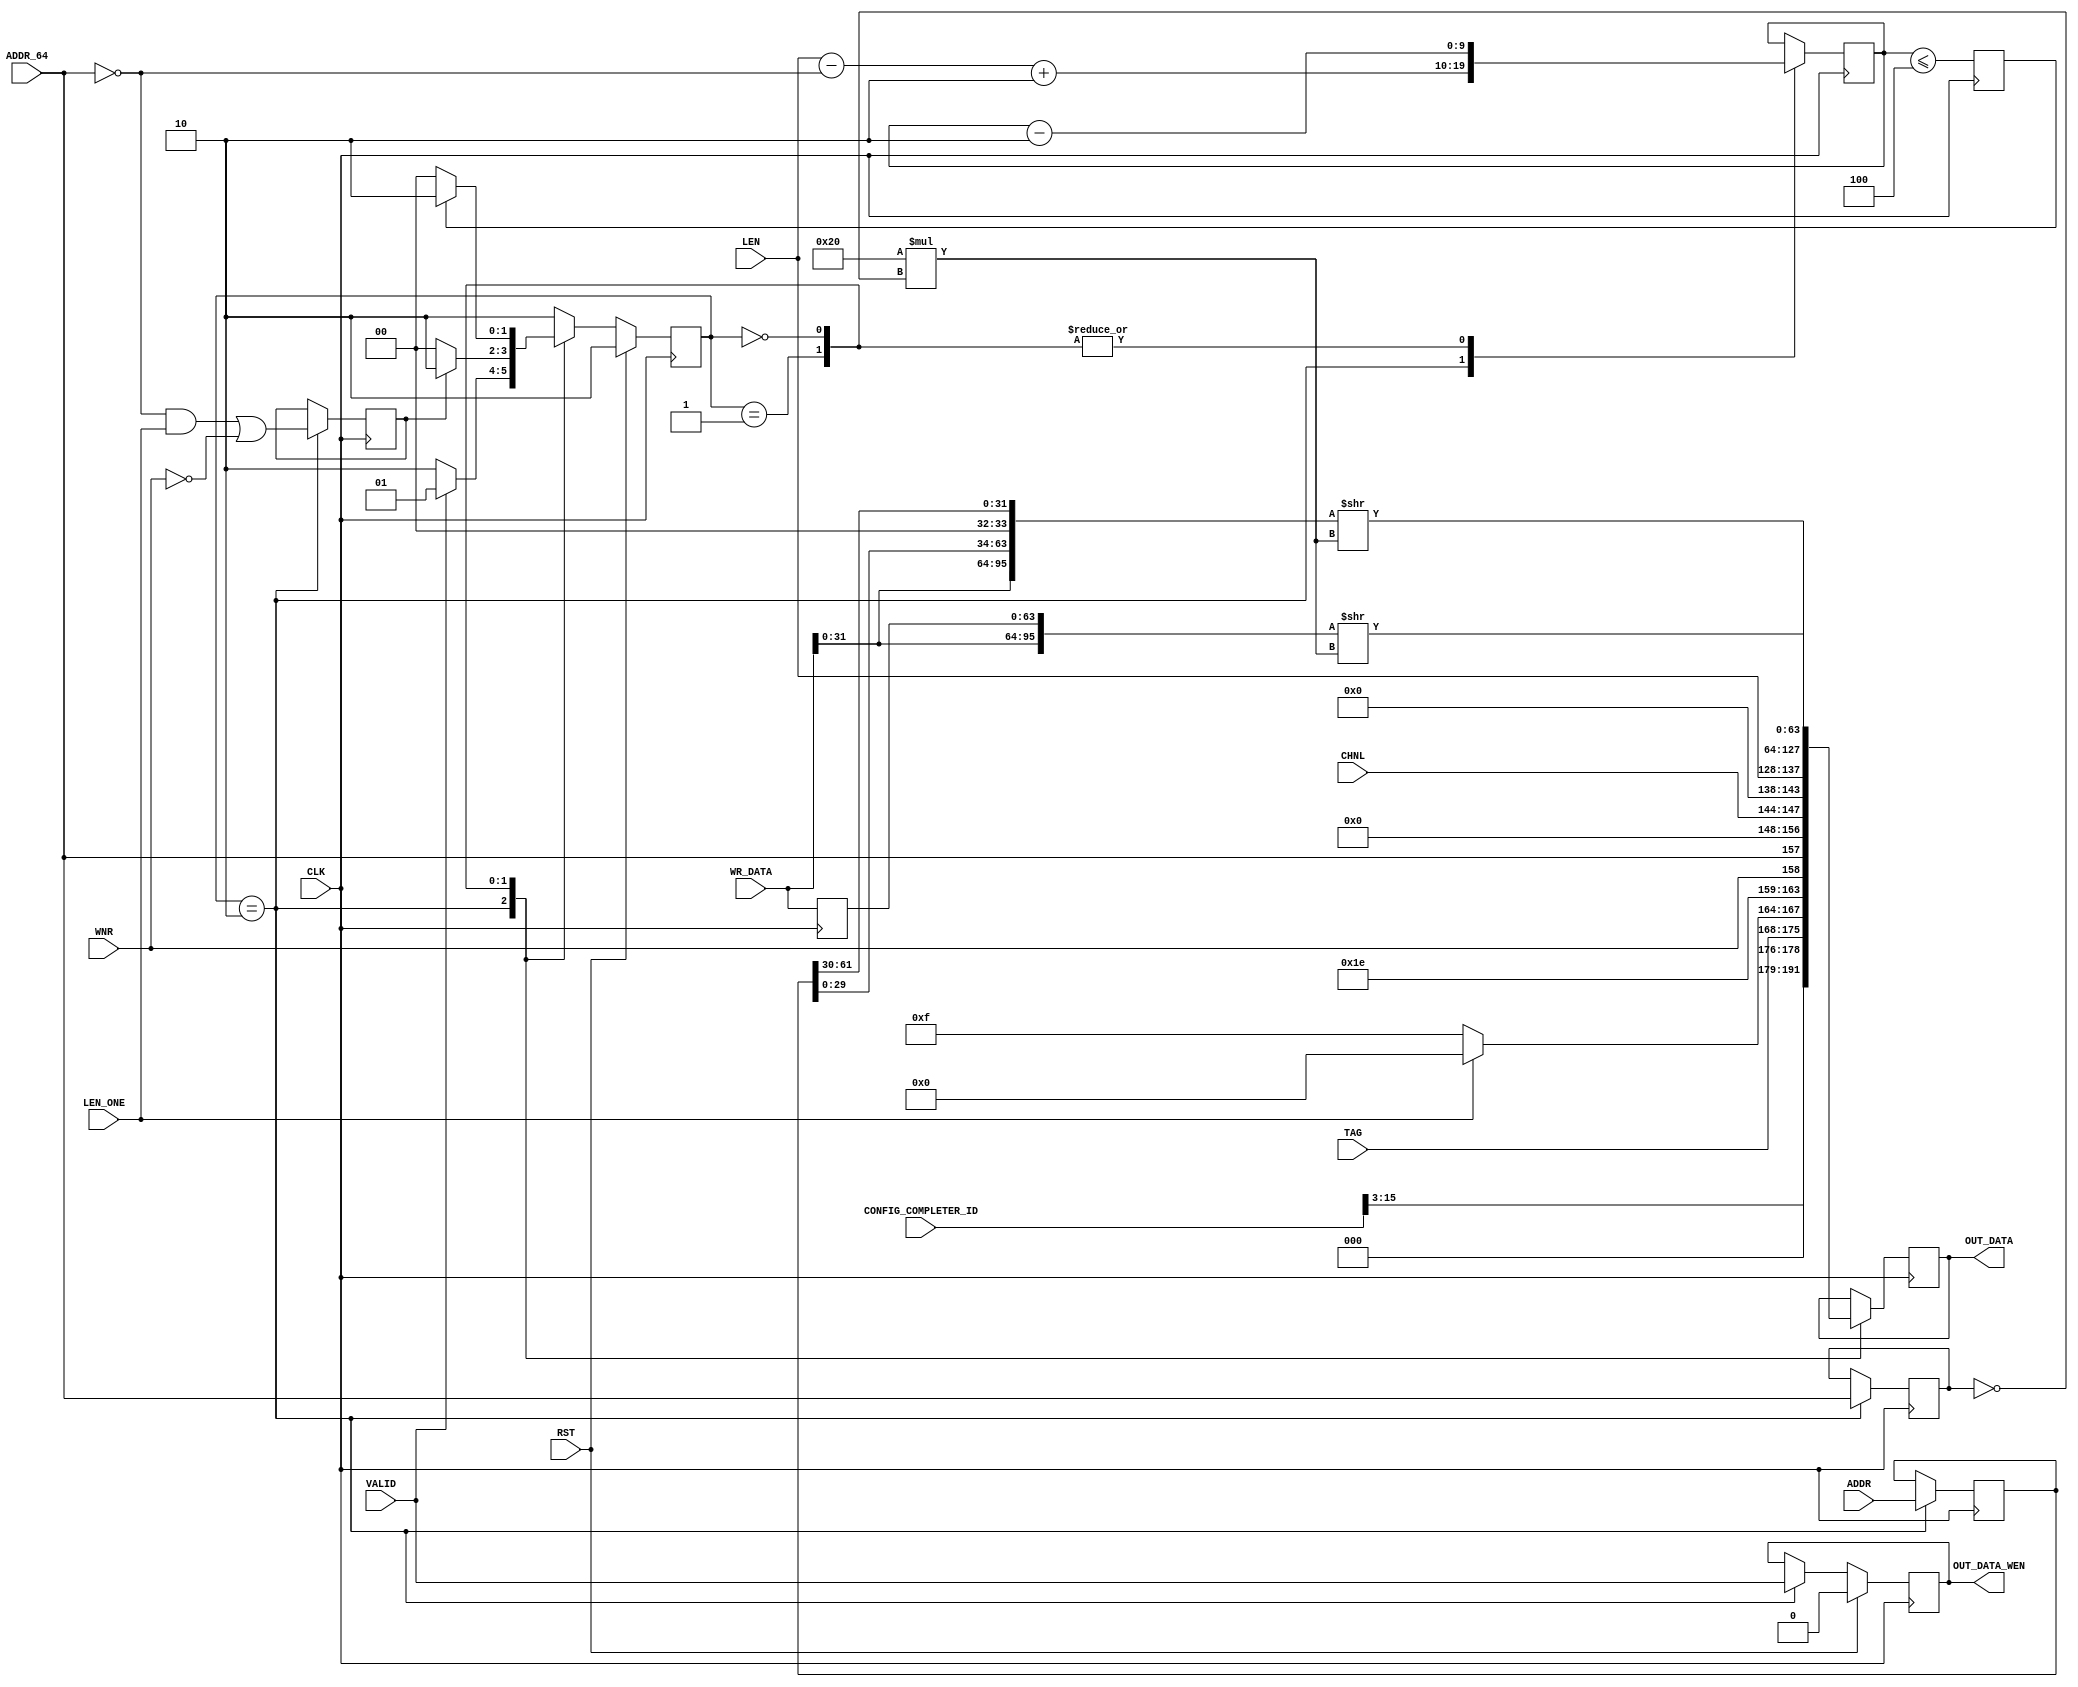
`timescale 1ns/1ns
//----------------------------------------------------------------------------
// This software is Copyright  2012 The Regents of the University of 
// California. All Rights Reserved.
//
// Permission to copy, modify, and distribute this software and its 
// documentation for educational, research and non-profit purposes, without 
// fee, and without a written agreement is hereby granted, provided that the 
// above copyright notice, this paragraph and the following three paragraphs 
// appear in all copies.
//
// Permission to make commercial use of this software may be obtained by 
// contacting:
// Technology Transfer Office
// 9500 Gilman Drive, Mail Code 0910
// University of California
// La Jolla, CA 92093-0910
// (858) 534-5815
// invent@ucsd.edu
// 
// This software program and documentation are copyrighted by The Regents of 
// the University of California. The software program and documentation are 
// supplied "as is", without any accompanying services from The Regents. The 
// Regents does not warrant that the operation of the program will be 
// uninterrupted or error-free. The end-user understands that the program was 
// developed for research purposes and is advised not to rely exclusively on 
// the program for any reason.
// 
// IN NO EVENT SHALL THE UNIVERSITY OF CALIFORNIA BE LIABLE TO
// ANY PARTY FOR DIRECT, INDIRECT, SPECIAL, INCIDENTAL, OR
// CONSEQUENTIAL DAMAGES, INCLUDING LOST PROFITS, ARISING
// OUT OF THE USE OF THIS SOFTWARE AND ITS DOCUMENTATION,
// EVEN IF THE UNIVERSITY OF CALIFORNIA HAS BEEN ADVISED OF
// THE POSSIBILITY OF SUCH DAMAGE. THE UNIVERSITY OF
// CALIFORNIA SPECIFICALLY DISCLAIMS ANY WARRANTIES,
// INCLUDING, BUT NOT LIMITED TO, THE IMPLIED WARRANTIES OF
// MERCHANTABILITY AND FITNESS FOR A PARTICULAR PURPOSE.
// THE SOFTWARE PROVIDED HEREUNDER IS ON AN "AS IS" BASIS, 
// AND THE UNIVERSITY OF CALIFORNIA HAS NO OBLIGATIONS TO
// PROVIDE MAINTENANCE, SUPPORT, UPDATES, ENHANCEMENTS, OR
// MODIFICATIONS.
//----------------------------------------------------------------------------
//----------------------------------------------------------------------------
// Version:				1.00.a
// Verilog Standard:	Verilog-2001
// Description:			Formats read and write request data into PCI packets.
// History:				@mattj: Version 2.0
// Additional Comments: Very good PCIe header reference:
// http://www.pzk-agro.com/0321156307_ch04lev1sec5.html#ch04lev4sec14
//-----------------------------------------------------------------------------
`define FMT_TXENGFMTR64_WR32	7'b10_00000
`define FMT_TXENGFMTR64_RD32	7'b00_00000
`define FMT_TXENGFMTR64_WR64	7'b11_00000
`define FMT_TXENGFMTR64_RD64	7'b01_00000

`define S_TXENGFMTR64_IDLE		2'b10
`define S_TXENGFMTR64_HDR		2'b01
`define S_TXENGFMTR64_WR		2'b00

module tx_engine_formatter_64 #(
	parameter C_PCI_DATA_WIDTH = 9'd64,
	// Local parameters
	parameter C_TRAFFIC_CLASS = 3'b0,
	parameter C_RELAXED_ORDER = 1'b0,
	parameter C_NO_SNOOP = 1'b0
)
(
	input CLK,
	input RST,
	input [15:0] CONFIG_COMPLETER_ID,

	input VALID,		 					// Are input parameters valid?
	input WNR,		 						// Is a write request, not a read?
	input [7:0] TAG,		 				// External tag
	input [3:0] CHNL,		 				// Internal tag (just channel portion)
	input [61:0] ADDR,		 				// Request address
	input ADDR_64,		 					// Request address is 64 bit
	input [9:0] LEN,		 				// Request length
	input LEN_ONE,		 					// Request length equals 1
	input [C_PCI_DATA_WIDTH-1:0] WR_DATA,	// Request data, timed to arrive accordingly

	output [C_PCI_DATA_WIDTH-1:0] OUT_DATA,	// Formatted PCI packet data
	output OUT_DATA_WEN 					// Write enable for formatted packet data
);

(* fsm_encoding = "user" *)
reg		[1:0]						rState=`S_TXENGFMTR64_IDLE, _rState=`S_TXENGFMTR64_IDLE;
reg		[61:0]						rAddr=62'd0, _rAddr=62'd0;
reg									rAddr64=0, _rAddr64=0;
reg		[C_PCI_DATA_WIDTH-1:0]		rData={C_PCI_DATA_WIDTH{1'd0}}, _rData={C_PCI_DATA_WIDTH{1'd0}};
reg		[C_PCI_DATA_WIDTH-1:0]		rPrevData={C_PCI_DATA_WIDTH{1'd0}}, _rPrevData={C_PCI_DATA_WIDTH{1'd0}};
reg									rDataWen=0, _rDataWen=0;
reg		[9:0]						rLen=0, _rLen=0;
reg									rInitDone=0, _rInitDone=0;
reg									rDone=0, _rDone=0;


assign OUT_DATA = rData;
assign OUT_DATA_WEN = rDataWen;


// Format read and write requests into PCIe packets.
wire [C_PCI_DATA_WIDTH-1:0] wHdrData = ({WR_DATA[31:0], rAddr[29:0], 2'b00, rAddr[61:30]})>>(32*(!rAddr64));
wire [C_PCI_DATA_WIDTH-1:0] wWrData = ({WR_DATA[31:0], rPrevData})>>(32*(!rAddr64));

always @ (posedge CLK) begin
	rState <= #1 (RST ? `S_TXENGFMTR64_IDLE : _rState);
	rDataWen <= #1 (RST ? 1'd0 : _rDataWen);
	rData <= #1 _rData;
	rLen <= #1 _rLen;
	rAddr <= #1 _rAddr;
	rAddr64 <= #1 _rAddr64;
	rPrevData <= #1 _rPrevData;
	rInitDone <= #1 _rInitDone;
	rDone <= #1 _rDone;
end

always @ (*) begin
	_rState = rState;
	_rLen = rLen;
	_rData = rData;
	_rDataWen = rDataWen;
	_rPrevData = WR_DATA;
	_rAddr64 = rAddr64;
	_rAddr = rAddr;
	_rInitDone = rInitDone;
	_rDone = (rLen <= 3'd4);
	case (rState) 

	`S_TXENGFMTR64_IDLE : begin
		_rLen = LEN - !ADDR_64 + 2'd2; // Subtract 1 for 32 bit (HDR has one), add 2 so we can always decrement by 2
		_rAddr64 = ADDR_64;
		_rAddr = ADDR;
		_rData = {CONFIG_COMPLETER_ID[15:3], 3'b0, TAG,
					(LEN_ONE ? 4'b0 : 4'b1111), 4'b1111,							// DW1
					1'b0, {WNR, ADDR_64, 5'd0}, 1'b0, C_TRAFFIC_CLASS, CHNL, 1'b0, 1'b0, // Use the reserved 4 bits before traffic class to hide the internal tag 
					C_RELAXED_ORDER, C_NO_SNOOP, 2'b0, LEN};					// DW0
		_rDataWen = VALID;
		_rInitDone = ((!ADDR_64 & LEN_ONE) | !WNR);
		_rState = (VALID ? `S_TXENGFMTR64_HDR : `S_TXENGFMTR64_IDLE);
	end

	`S_TXENGFMTR64_HDR : begin // FIFO data should be available now (if it's a write)
		_rLen = rLen - 2'd2;
		_rData = wHdrData;
		_rState = (rInitDone ? `S_TXENGFMTR64_IDLE : `S_TXENGFMTR64_WR);
	end

	`S_TXENGFMTR64_WR : begin
		_rLen = rLen - 2'd2;
		_rData = wWrData;
		_rState = (rDone ? `S_TXENGFMTR64_IDLE : `S_TXENGFMTR64_WR);
	end

	default : begin
		_rState = `S_TXENGFMTR64_IDLE;
	end

	endcase
end

endmodule